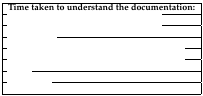
<table><thead><tr><td><b>Time taken to understand the documentation:</b></td></tr></thead><tbody><tr><td>[EMPTY_CELL]</td></tr><tr><td>[EMPTY_CELL]</td></tr><tr><td>[EMPTY_CELL]</td></tr><tr><td>[EMPTY_CELL]</td></tr><tr><td>[EMPTY_CELL]</td></tr><tr><td>[EMPTY_CELL]</td></tr><tr><td>[EMPTY_CELL]</td></tr></tbody></table>